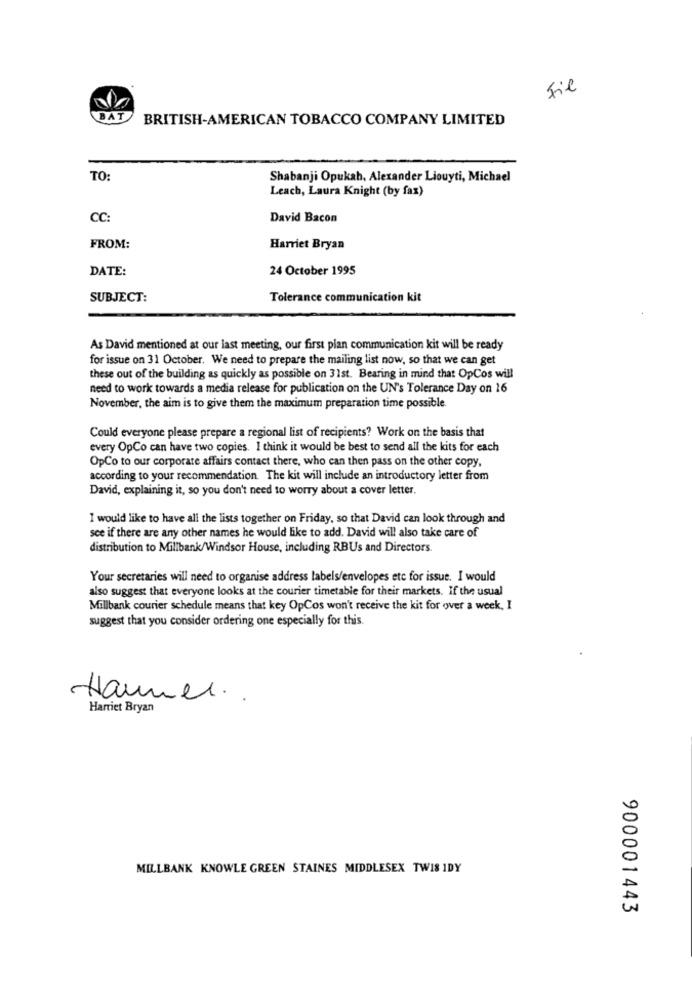
Fil
BAT
BRITISH-AMERICAN TOBACCO COMPANY LIMITED
TO:
Shabanji Opukah, Alexander Liouyti, Michael
Leach, Laura Knight (by fax)
CC:
David Bacon
FROM:
Harriet Bryan
DATE:
24 October 1995
SUBJECT:
Tolerance communication kit
As David mentioned at our last meeting, our first pian communication kit will be ready
for issue on 31 October. We need to prepare the mailing list now, so that we can get
these out of the building as quickly as possible on 31st. Bearing in mind that OpCos will
need to work towards a media release for publication on the UN's Tolerance Day on 16
November, the aim is to give them the maximum preparation time possible
Could everyone please prepare a regional list of recipients? Work on the basis that
every OpCo can have two copies. I think it would be best to send all the kits for each
OpCo to our corporate affairs contact there, who can then pass on the other copy,
according to your recommendation. The kit will include an introductory letter from
David, explaining it, so you don't need to worry about a cover letter.
I would like to have all the lists together on Friday, so that David can look through and
see if there are any other names he would like to add. David will also take care of
distribution to Millbank/Windsor House, including RBUs and Directors.
Your secretaries will need to organise address labels/envelopes etc for issue. I would
also suggest that everyone looks at the courier timetable for their markets. If the usual
Millbank courier schedule means that key OpCos won't receive the kit for over a week, I
suggest that you consider ordering one especially for this.
Hammer ..
Harriet Bryan
MILLBANK KNOWLE GREEN STAINES MIDDLESEX TWIS IDY
900001443